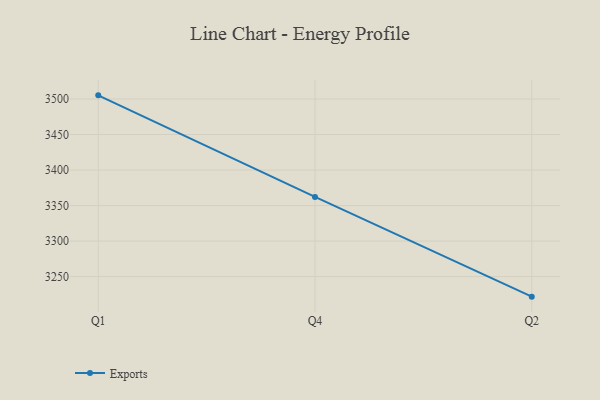
{"axis": {"x": "Quarter", "y": "Demand Index"}, "legend": ["Exports"], "data": [{"x": "Q1", "y": 3505.2, "type": "Exports"}, {"x": "Q4", "y": 3362.2, "type": "Exports"}, {"x": "Q2", "y": 3221.7, "type": "Exports"}]}